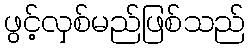
ဖွင့်လှစ်မည်ဖြစ်သည်